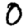
Digit: 0